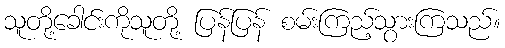
သူတို့ခေါင်းကိုသူတို့ ပြန်ပြန် စမ်းကြည့်သွားကြသည်။